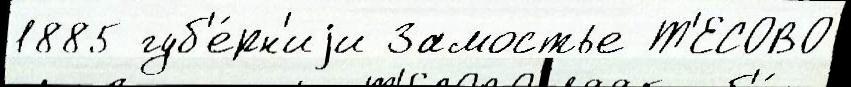
1885 губ'е́рн'иjи Замостье Т'ЕСОВО